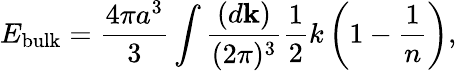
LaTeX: E_{\mathrm{bulk}}={\frac{4\pi a^{3}}{3}}\int{\frac{(d{\mathbf k})}{(2\pi)^{3}}}{\frac{1}{2}}k\left(1-{\frac{1}{n}}\right),